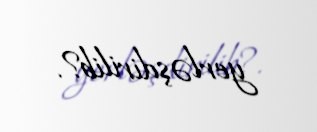
yerləşdirilib?.